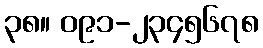
၃၈။ ၀၉၁-၂၃၄၅၆၇၈